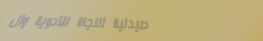
صيدلية النجاة للأدوية وال